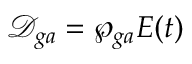
\mathcal { D } _ { g a } = \wp _ { g a } E ( t )